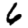
Digit: 6